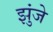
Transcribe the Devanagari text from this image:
झुंजे